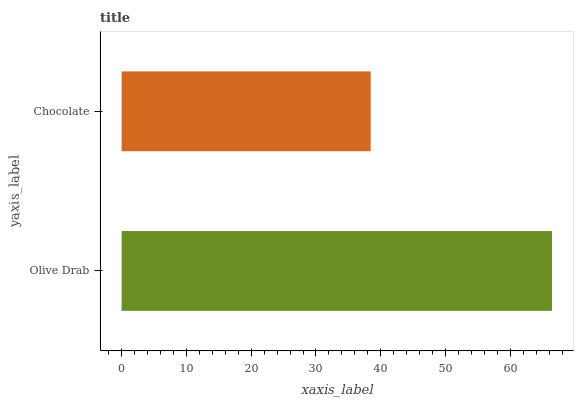
| yaxis_label | bars |
 | --- | --- |
 | Olive Drab | 66.4 |
 | Chocolate | 38.4 |